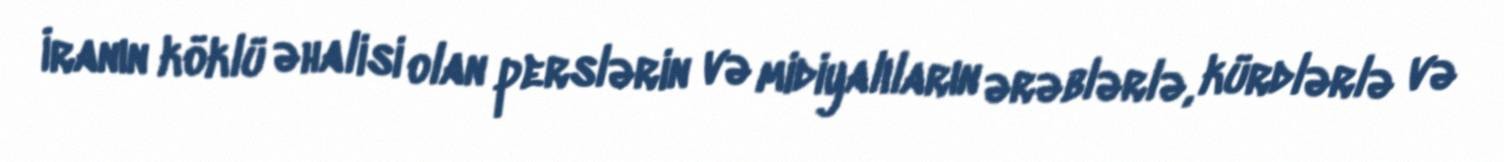
İranın köklü əhalisi olan perslərin və midiyalıların ərəblərlə, kürdlərlə və